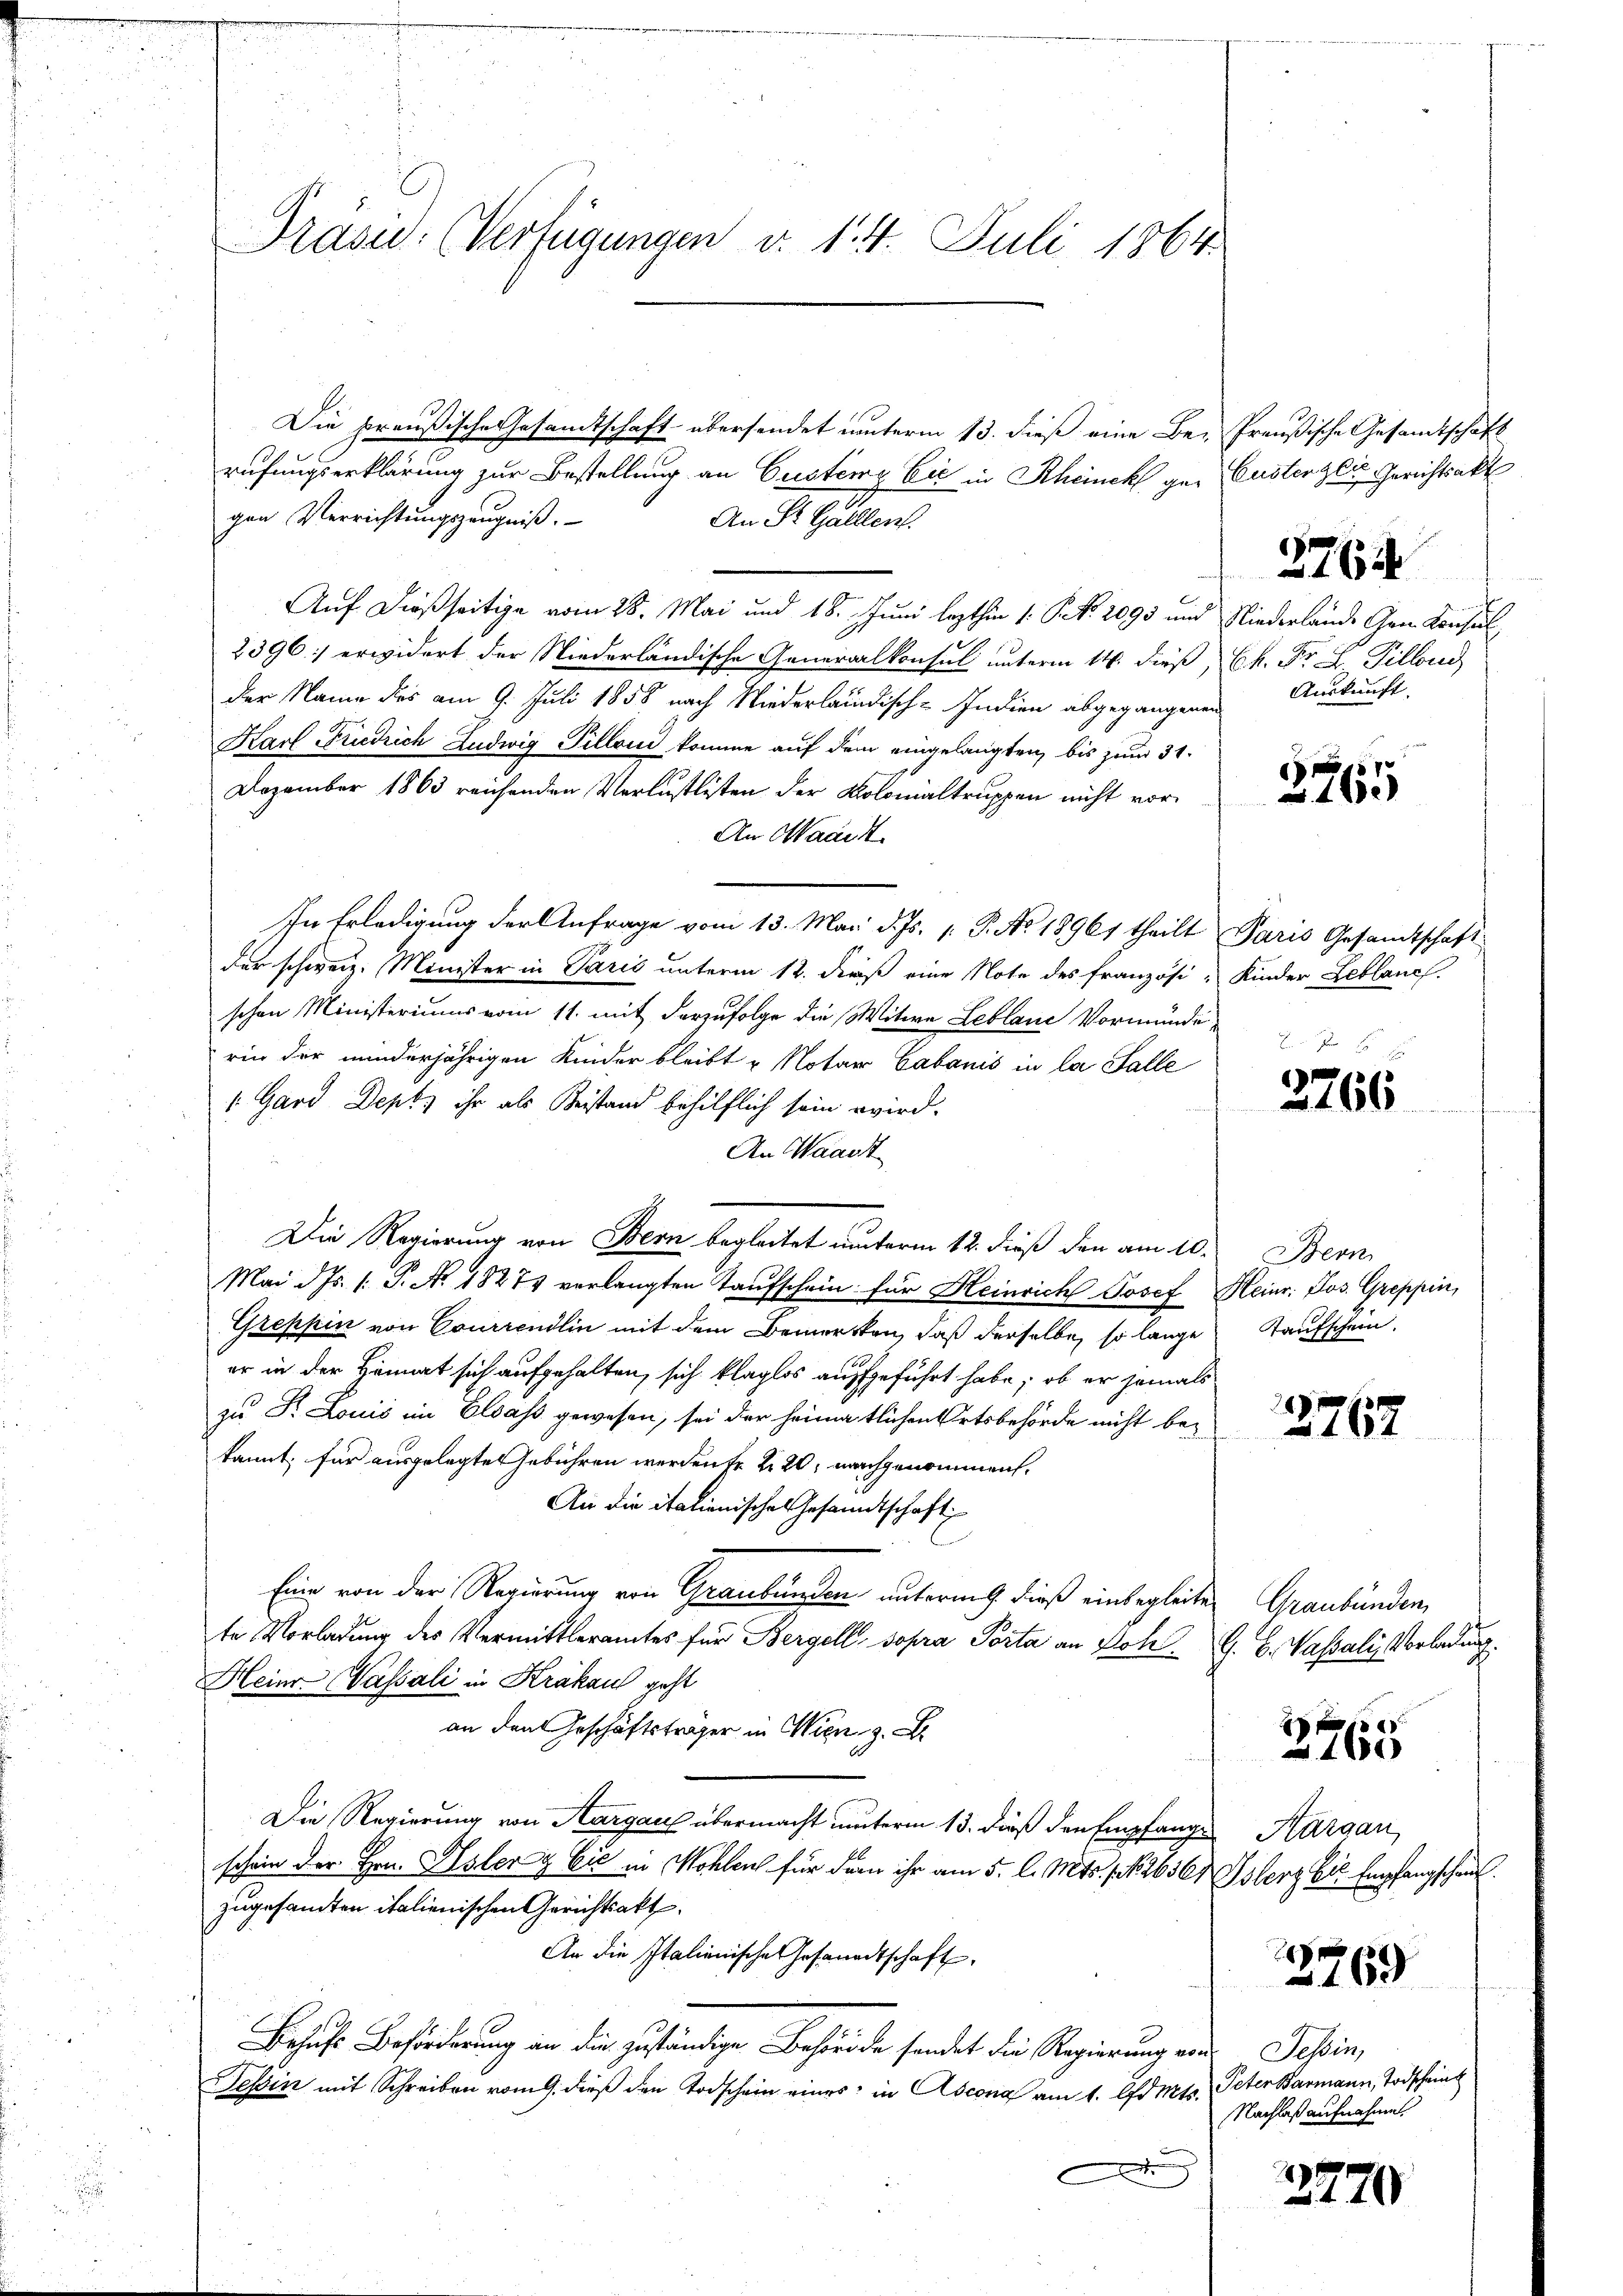
Drasu: (Verfügungen d. 14. Juli 1864.

Die preußische Gesandtschaft übersendet unterm 13. dieß eine Be-
rufungserklärung zur Bestellung an Gustenz bis in Rheinek gegen Verrichtungszeugniß.
An St. Gallen.
Auf dießseitige vom 28. Mai und 18. Juni lezthin 1. P. Nr. 2093 und
2396] erwidert der Niederländische Generalkonsul unterm 14. dieß,
der Name des am 9. Juli 1858 nach Niederländisch-Indien abgegangenen
Karl Friedrich Ludwig Pilloni komme auf dem eingelangten, bis zum 31.
Dezember 1863 reichenden Verlustlisten der Kolonialtruppen nicht vor¬
An Waadt.
In Erledigung der Anfrage vom 13. Mai d. Js. 1. P. Ao 18961 theilt
der schweiz. Minister in Paris unterm 12. dieß eine Note des französi- Kinder Leblanch
schen Ministeriums vom 11. mit derzufolge die Witwe Leblaue Vormünde
rin der minderjährigen Kinder bleibt "Notar Cabanić in la Falle
1. Gard Dept, ihr als Beistand behilflich sein wird.
An Waadt
Die Regierung von Bern begleitet unterm 12. dieß den am 10. Bern
Mai d. Js. (: P. No. 18274 verlangten Taufschein für Heinrich Josef Heinr. Jos. Greppin,
Greppin von Courrendlin mit dem Bemerkten, daß derselbe, so lange Taufschein
er in der Heimat sich aufgehalten, sich klaglos aufgeführt habe, ob er jemals
zu Dr. Louis im Elsass gewesen, sei der heimatlichen Ortsbehörde nicht bekannt, für ausgelegte Gebühren werden fr 220, nachgenommen.
An die italienisches Gesandtschaft
Eine von der Regierung von Graubünden unterm 9. dieß einbegleiten
te Vorladung des Vermittleramtes für Bergell, sopra Porta an Kohl¬
Heinr-Wassali in Krakau geht
an den Geschäftsträger in Wien
Die Regierung von Aargau übermacht unterm 13. dieß den Empfange
schein der Hrn. Alster & Cie in Wohlen für der ihr am 5. l. Mts. f. No 2636
zugesandten italienischen Gerichtsakt
An die Italienische Gesandtschaft,
Behufs Beförderung an die zuständige Behörde sendet die Regierung von
Tessin mit Schreiben vom 9. dieß den Todschein eines in Ascona am 1. Ad Mts. Peter Barmann, Todscheint
A

Preußische Gesamtschaft
Custerzig Gerichtsakt
 2764
Niederlande Gem. Konsul
Ch. Fr. 4 Pillend
Auskunft.

3265

Paris Gesandtschaft

3766

2762

Graubünden
G. B. Wassali, Vorladung

2765

Kargau
Islerz bis Empfangschau

3769

Tessin,
Nachlaß aufnahme.

2770